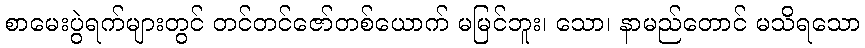
စာမေးပွဲရက်များတွင် တင်တင်ဇော်တစ်ယောက် မမြင်ဘူး၊ သော၊ နာမည်တောင် မသိရသော